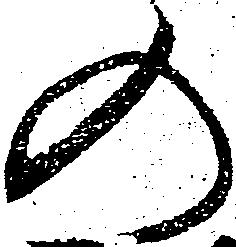
の